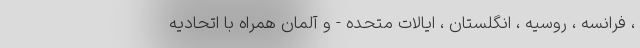
، فرانسه ، روسیه ، انگلستان ، ایالات متحده - و آلمان همراه با اتحادیه